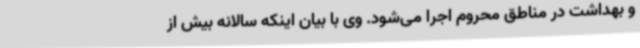
و بهداشت در مناطق محروم اجرا می‌شود. وی با بیان اینکه سالانه بیش از